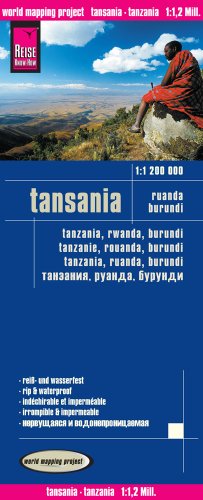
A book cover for Tanzania (French, Spanish, German and English Edition); Reise Know-How Verlag; Travel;